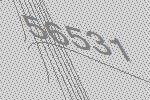
56531